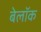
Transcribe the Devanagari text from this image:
बेलॉक